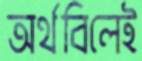
অর্থবিলেই